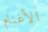
الأغنام